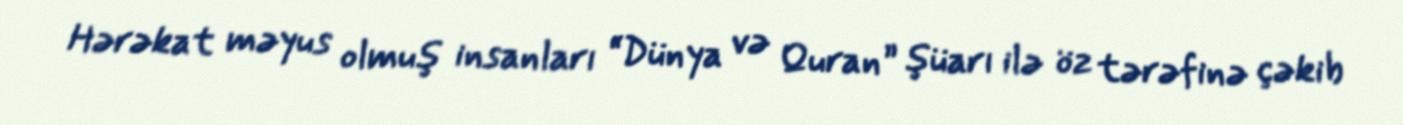
Hərəkat məyus olmuş insanları “Dünya və Quran” şüarı ilə öz tərəfinə çəkib